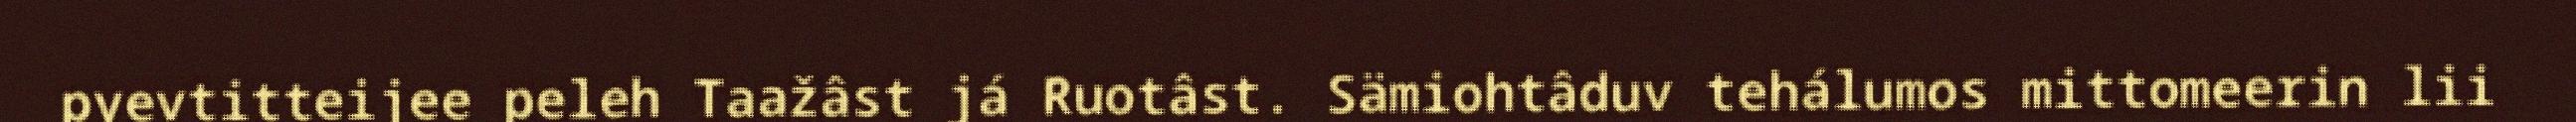
pyevtitteijee peleh Taažâst já Ruotâst. Sämiohtâduv tehálumos mittomeerin lii